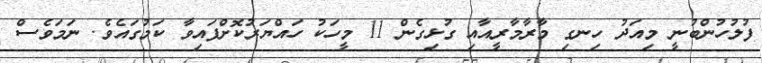
ފުލުހުންބުނީ މިއަދު ހިނގި މާރާމާރީއާއި ގުޅިގެން 11 މީހަކު ހައްޔަރުކޮށްފައިވާ ކަމުގައެވެ. ނަމަވެސް